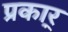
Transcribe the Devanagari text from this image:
प्रकार्